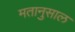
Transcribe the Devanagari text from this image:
मतानुसाल